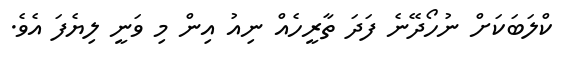
ކްލަބަކަށް ނުހޯދޭނެ ފަދަ ތާރީހެއް ނިއު އިން މި ވަނީ ލިޔެފަ އެވެ.